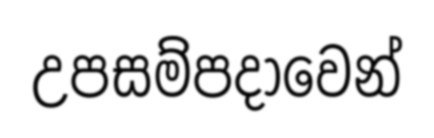
උපසම්පදාවෙන්